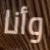
وأنا